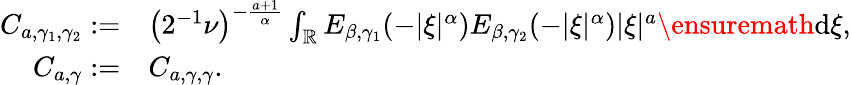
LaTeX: \begin{array}{rl}{C_{a,\gamma_{1},\gamma_{2}}:=}&{\left(2^{-1}\nu\right)^{-\frac{a+1}{\alpha}}\int_{\mathbb{R}}E_{\beta,\gamma_{1}}(-|\xi|^{\alpha})E_{\beta,\gamma_{2}}(-|\xi|^{\alpha})|\xi|^{a}\ensuremath{\mathrm{d}}\xi,}\\ {C_{a,\gamma}:=}&{C_{a,\gamma,\gamma}.}\end{array}